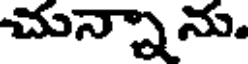
చున్నాను.